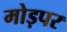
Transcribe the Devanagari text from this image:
मोड़पर